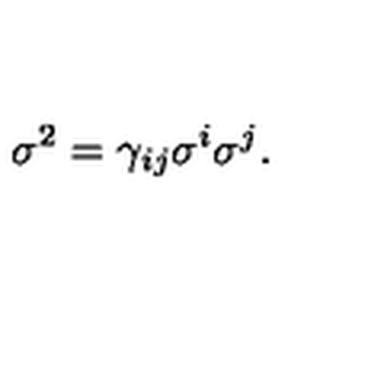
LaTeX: \sigma ^ { 2 } = \gamma _ { i j } \sigma ^ { i } \sigma ^ { j } .